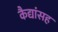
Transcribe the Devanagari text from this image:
कैद्यांसह